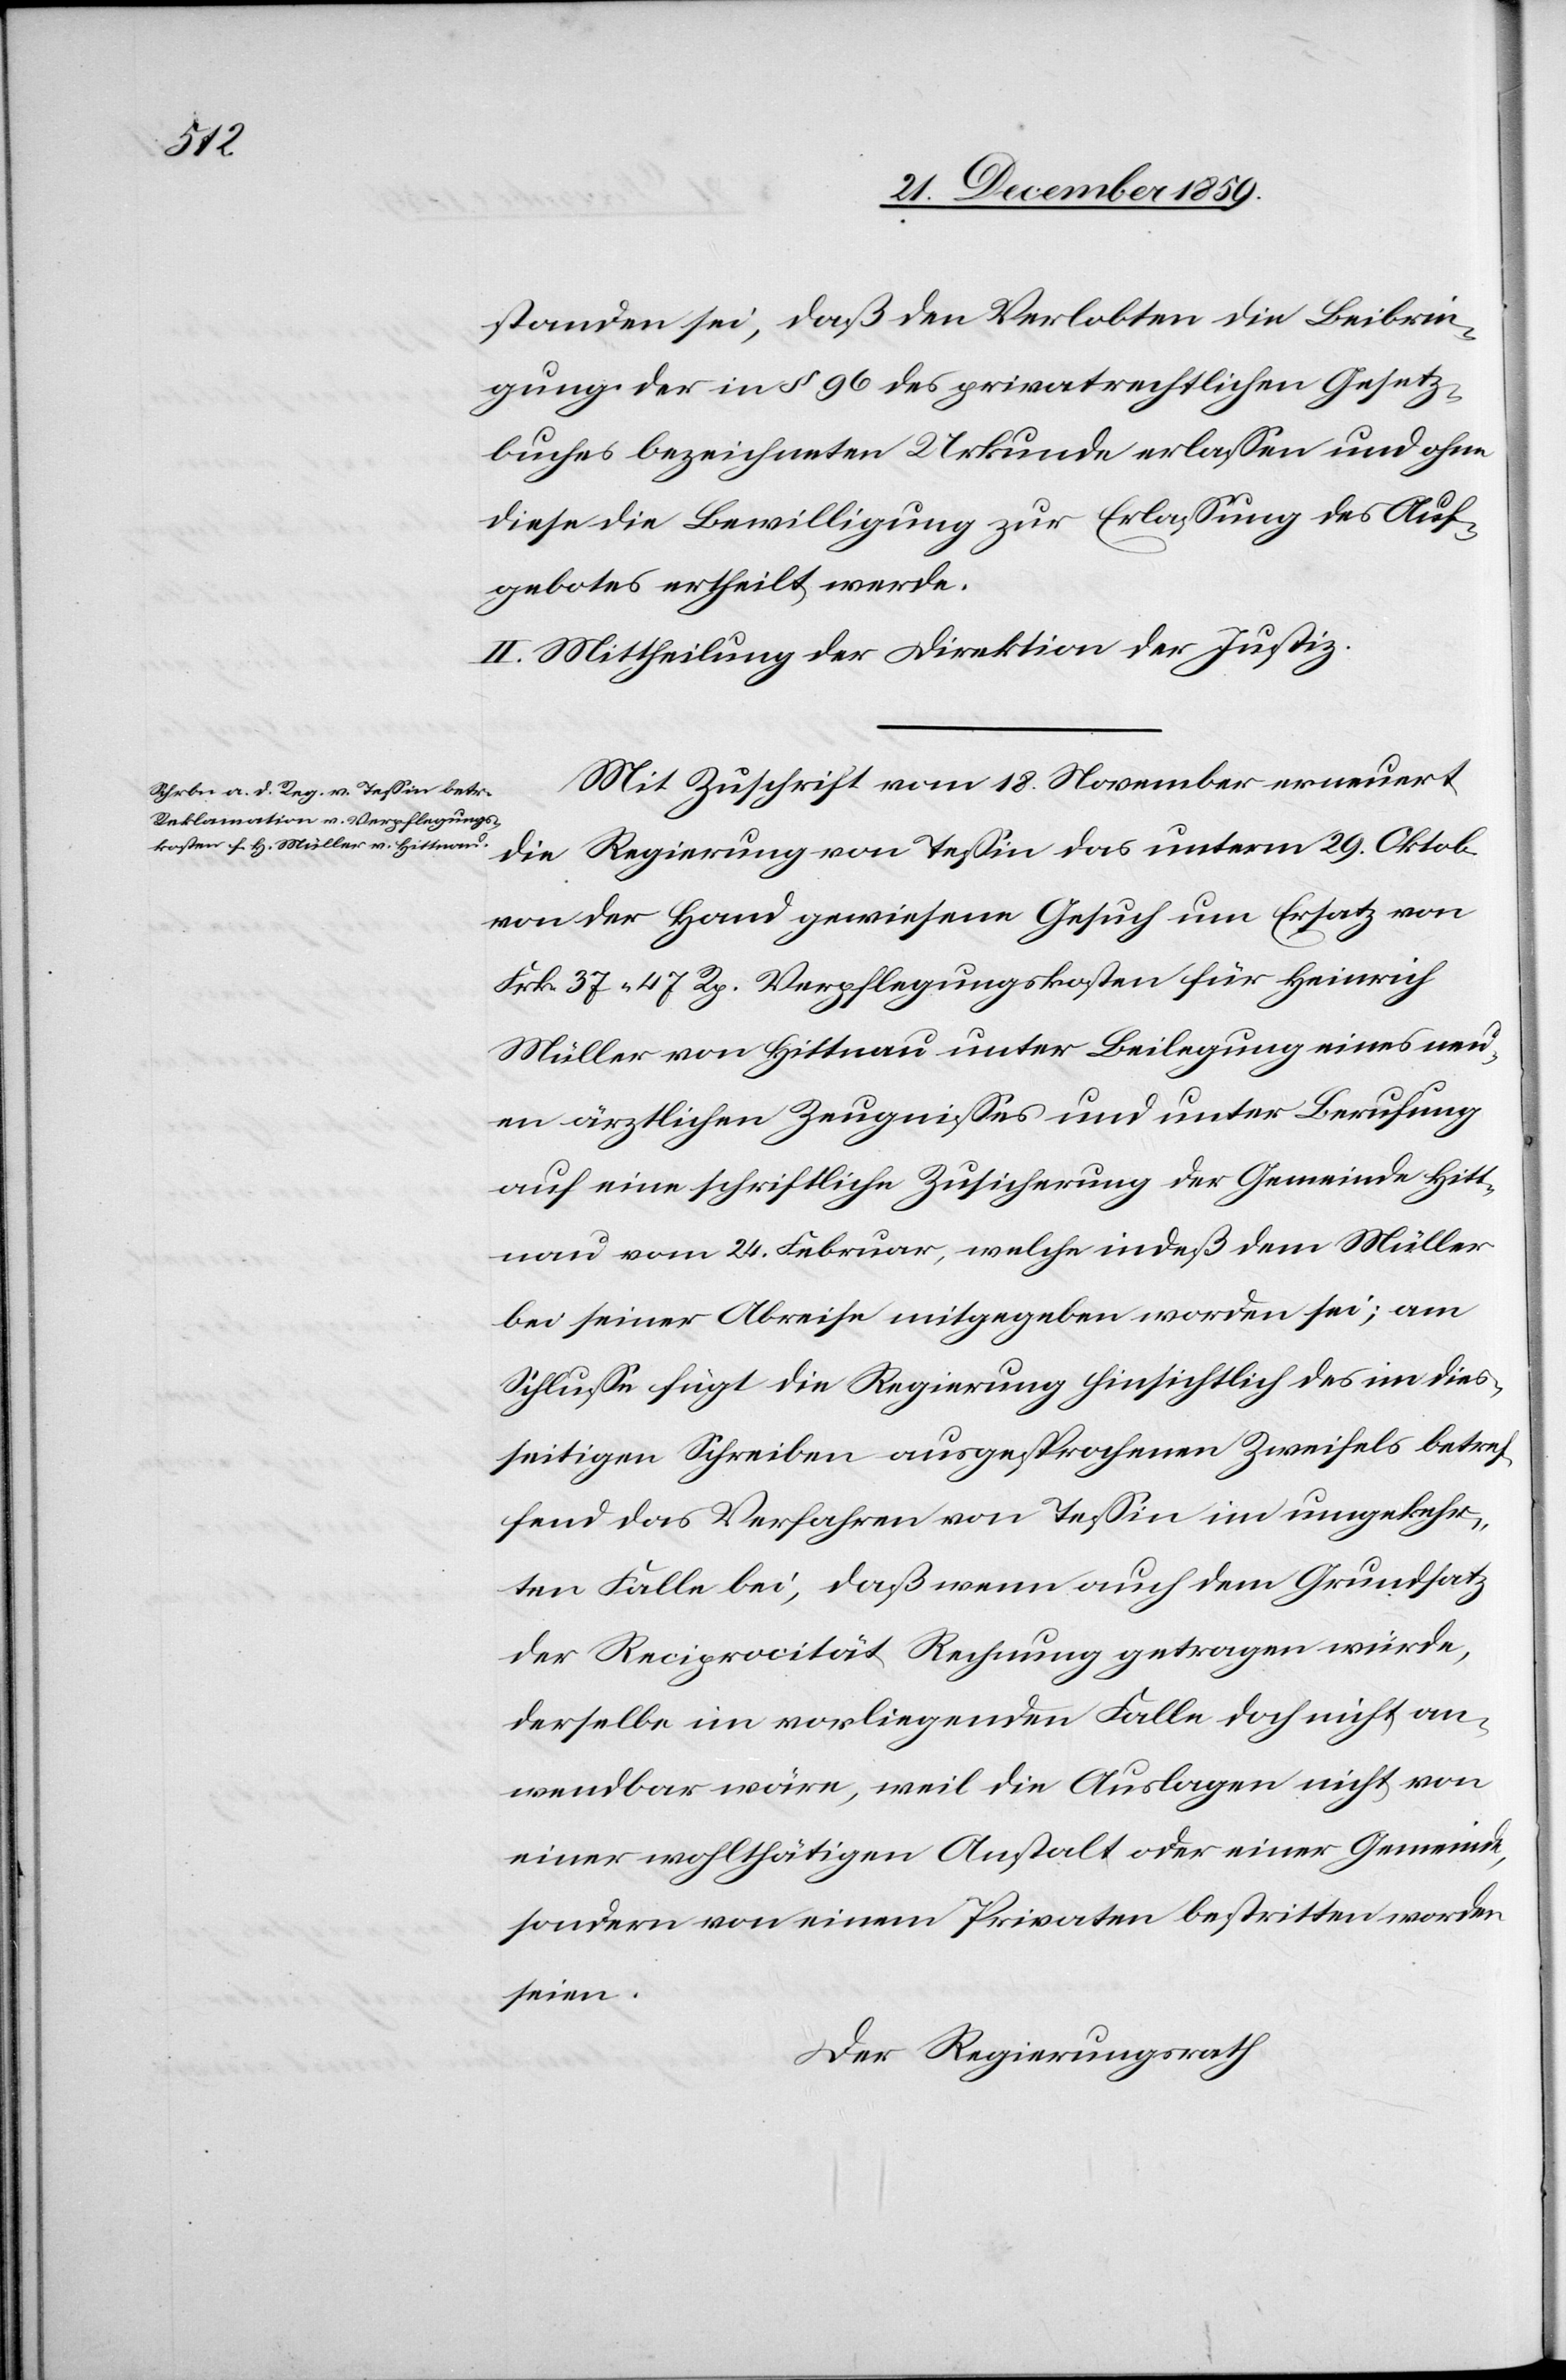
standen sei, daß den Verlobten die Beibrin¬
gung der in § 96 des privatrechtlichen Gesetz¬
buches bezeichneten Urkunde erlassen und ohne
diese die Bewilligung zur Erlassung des Auf¬
gebotes ertheilt werde.
II. Mittheilung an die Direktion der Justiz.
Mit Zuschrift vom 18. November erneuert
die Regierung von Tessin das unterm 29. Oktob.
von der Hand gewiesene Gesuch um Ersatz von
Frk. 37 47 Rp. Verpflegungskosten für Heinrich
Müller von Hittnau unter Beilegung eines neu¬
en ärztlichen Zeugnisses und unter Berufung
auf eine schriftliche Zusicherung der Gemeinde Hitt¬
nau vom 24. Februar, welche indeß dem Müller
bei seiner Abreise mitgegeben worden sei; am
Schlusse fügt die Regierung hinsichtlich des im dies¬
seitigen Schreiben ausgesprochenen Zweifels betref¬
fend das Verfahren von Tessin im umgekehr¬
ten Falle bei, daß wenn auch dem Grundsatz
der Reciprocität Rechnung getragen würde,
derselbe im vorliegenden Falle doch nicht an¬
wendbar wäre, weil die Auslagen nicht von
einer wohltätigen Anstalt oder einer Gemeinde,
sondern von einem Privaten bestritten worden
seien.
Der Regierungsrath